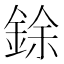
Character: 𫒟